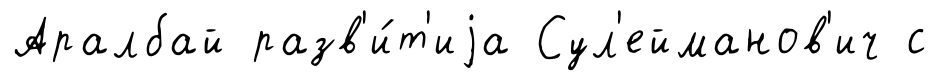
Аралбай разв'и́т'иjа Сул'ейманов'ич с